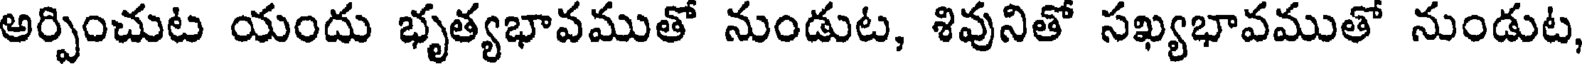
అర్పించుట యందు భృత్యభావముతో నుండుట, శివునితో సఖ్యభావముతో నుండుట